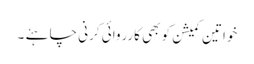
خواتین کمیشن کو بھی کارروائی کرنی چاہئے ۔